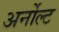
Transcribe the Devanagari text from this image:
अर्नोल्ट